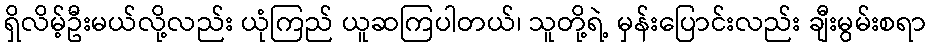
ရှိလိမ့်ဦးမယ်လို့လည်း ယုံကြည် ယူဆကြပါတယ်၊ သူတို့ရဲ့ မှန်းပြောင်းလည်း ချီးမွမ်းစရာ